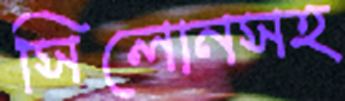
সিলোনসহ